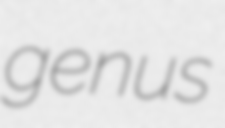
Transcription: genus